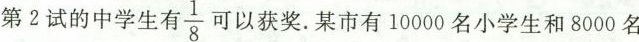
第2试的中学生有$$\frac{1}{8}$$可以获奖某市有10000名小学生和8000名